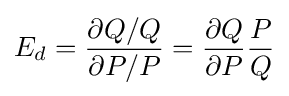
E_{d}={\frac {\partial Q/Q}{\partial P/P}}={\frac {\partial Q}{\partial P}}{\frac {P}{Q}}